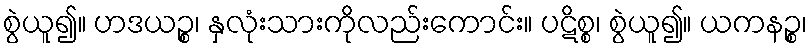
စွဲယူ၍။ ဟဒယဉ္စ၊ နှလုံးသားကိုလည်းကောင်း။ ပဋိစ္စ၊ စွဲယူ၍။ ယကနဉ္စ၊